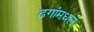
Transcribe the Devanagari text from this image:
ढगांमधलं